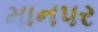
માનપર